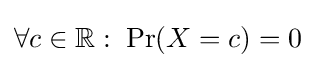
{\textstyle \forall c\in \mathbb {R} :\;\Pr(X=c)=0}